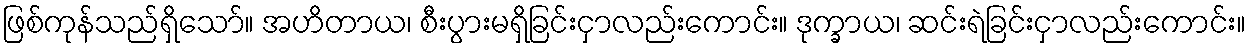
ဖြစ်ကုန်သည်ရှိသော်။ အဟိတာယ၊ စီးပွားမရှိခြင်းငှာလည်းကောင်း။ ဒုက္ခာယ၊ ဆင်းရဲခြင်းငှာလည်းကောင်း။